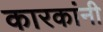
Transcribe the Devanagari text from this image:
कारकांनी